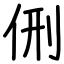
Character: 侀